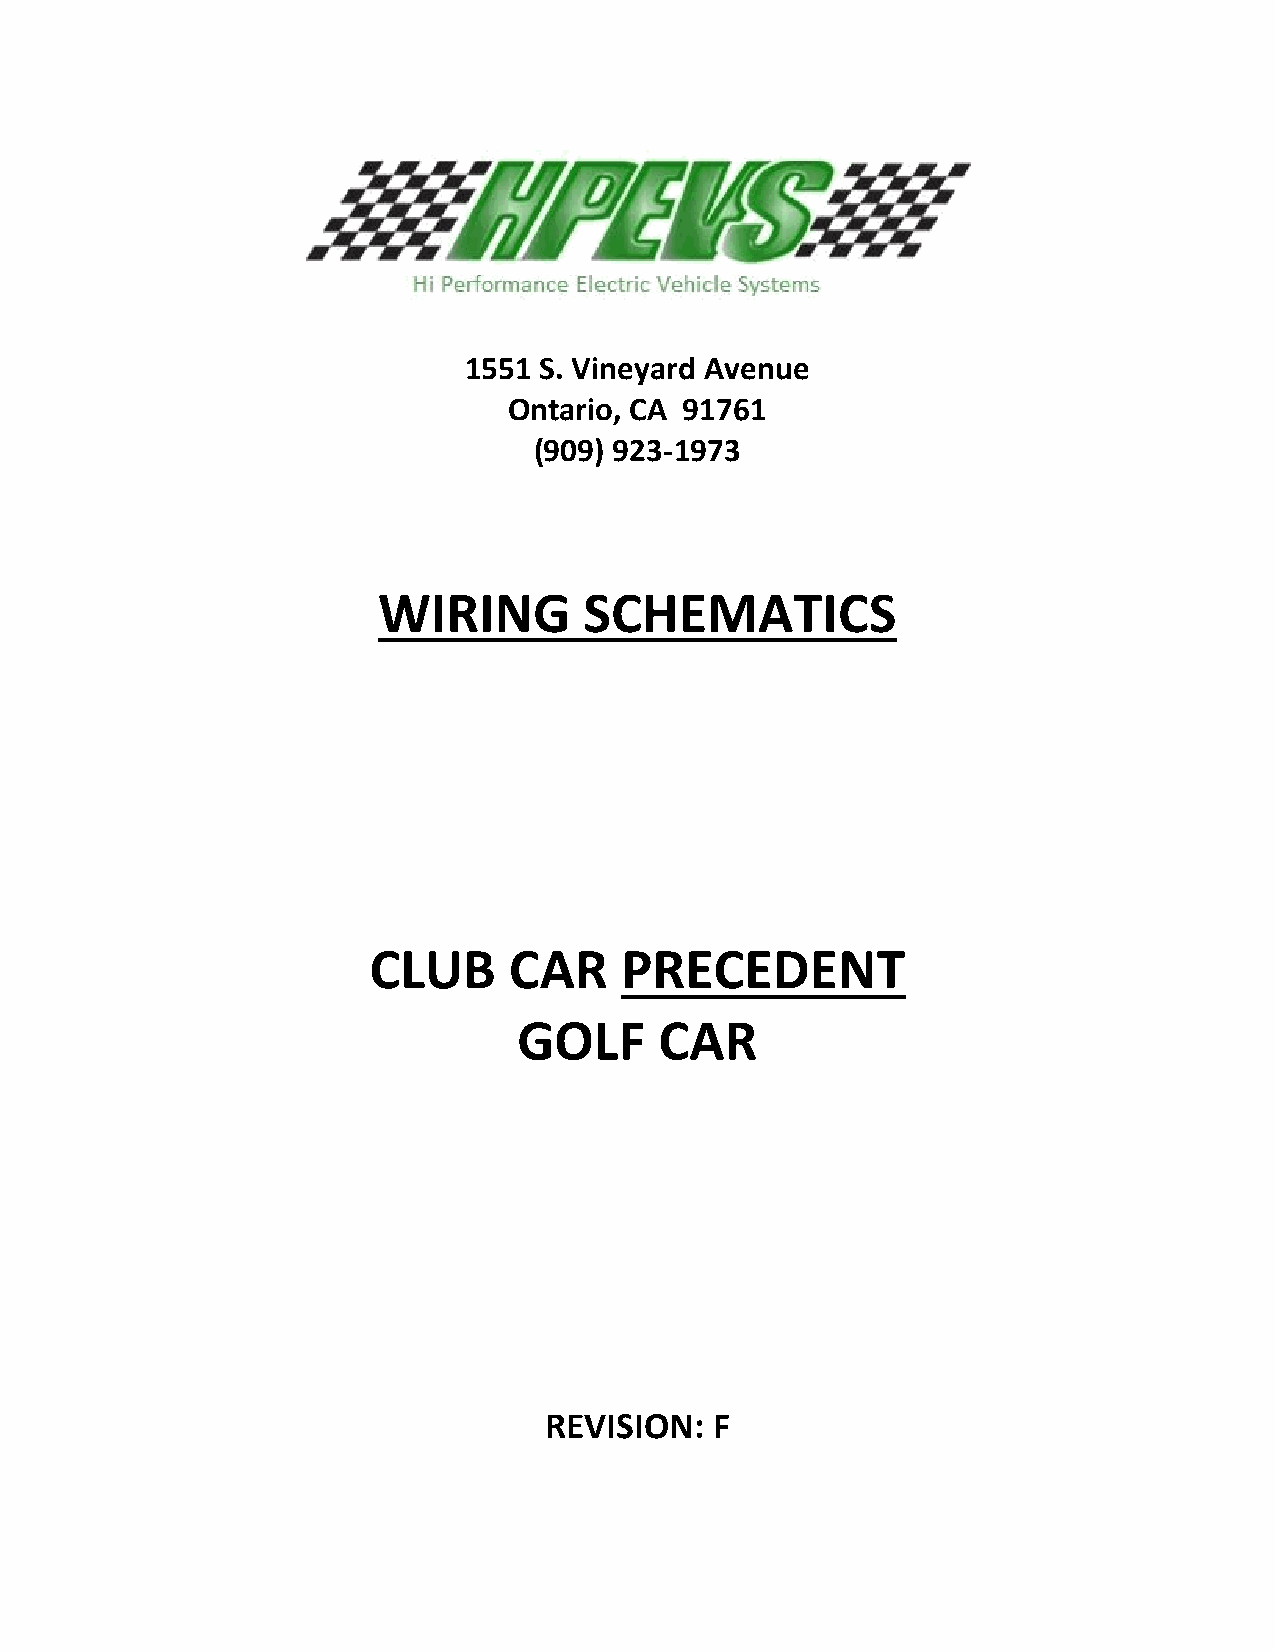
1551 S. Vineyard Avenue
 Ontario, CA 91761
 (909) 923-1973
 WIRING        SCHEMATICS
 CLUB      CAR    PRECEDENT
 GOLF      CAR
 REVISION:  F